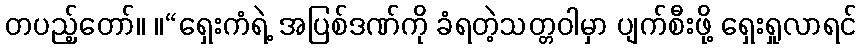
တပည့်တော်။ ။“ရှေးကံရဲ့ အပြစ်ဒဏ်ကို ခံရတဲ့သတ္တဝါမှာ ပျက်စီးဖို့ ရှေးရှုလာရင်